Madras plague regulations in force outside the Presidency town - Volume 3
Disease focus: Plague
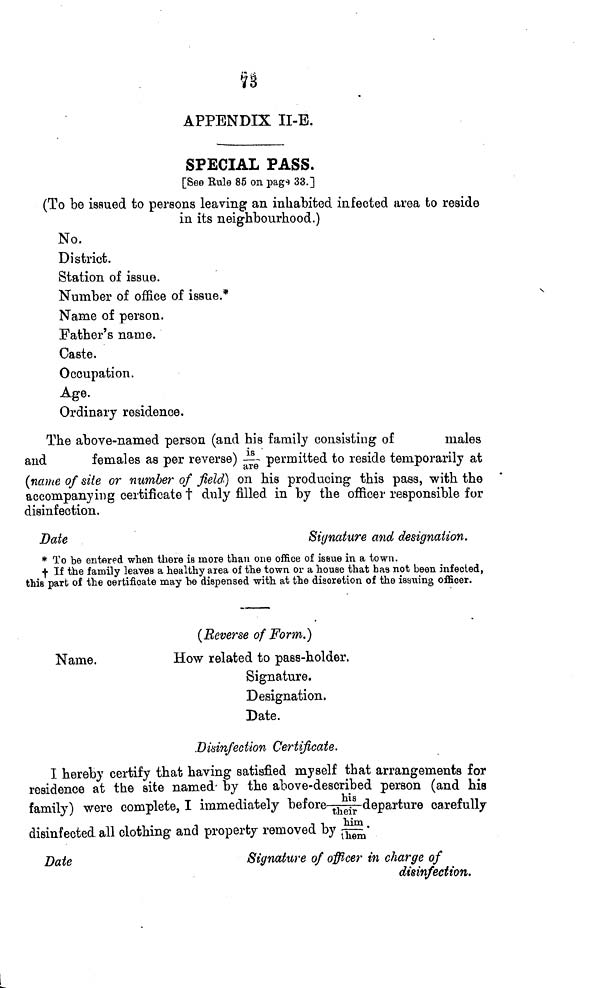
73
APPENDIX II-E.
SPECIAL PASS.
[See Kule 85 on pag* 33.]
(To be issued to persons leaving an inhabited infected area to reside
in its neighbourhood.)
No.
District.
Station of issue.
Number of office of issue.*
Name of person.
Father's name.
Caste.
Occupation.
Age.
Ordinary residence.
The above-named person (and his family consisting of
males
and
females as per reverse) ~ permitted to reside temporarily at
(name of site or number of ßeld] on his producing this pass, with the
accompanying certificate t duly filled in by the officer responsible for
disinfection.
Date
Signature and designation.
* To be entered when there ÍB inore than one office of issue in a town,
f If the family leaves a healthy area of the town or a house that has not been infected,
this part of the certificate may he dispensed with at the discretion of the issuing officer.
(Reverse of Form.}
Name.
How related to pass-holder.
Signature.
Designation.
Date.
Disinfection Certificate.
I hereby certify that haying satisfied myself that arrangements for
residence at the site named- by the above-described person (and his
family) were complete, I immediately before-^4^-departure ca,refully
disinfected all clothing and property removed by ^—D
ate
Signature of officer in charge of
disinfection.